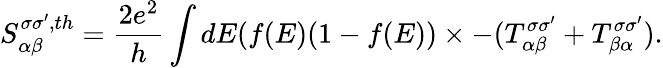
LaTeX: {S_{\alpha\beta}^{\sigma\sigma^{\prime},th}}=\frac{2e^{2}}{h}\int dE(f(E)(1-f(E))\times-(T_{\alpha\beta}^{\sigma\sigma^{\prime}}+T_{\beta\alpha}^{\sigma\sigma^{\prime}}).